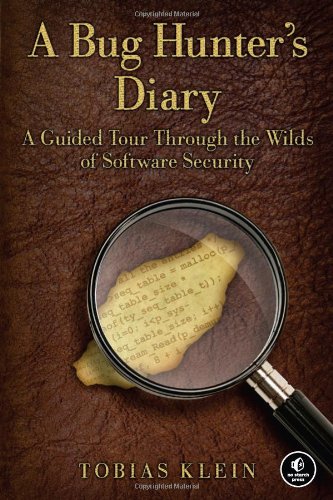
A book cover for A Bug Hunter's Diary: A Guided Tour Through the Wilds of Software Security; Tobias Klein; Computers & Technology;